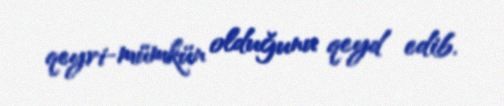
qeyri-mümkün olduğunu qeyd edib.